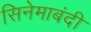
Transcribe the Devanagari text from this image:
सिनेमाबंदी